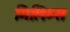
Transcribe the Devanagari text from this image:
मिलिम्स